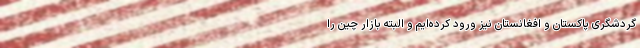
گردشگری پاکستان و افغانستان نیز ورود کرده‌ایم و البته بازار چین را